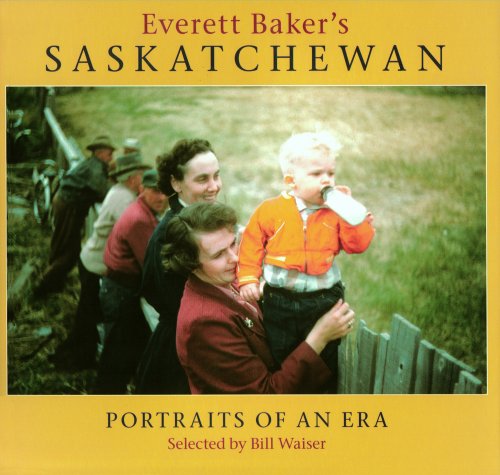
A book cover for Everett Baker's Saskatchewan: Portraits of an Era; Bill Waiser; Crafts, Hobbies & Home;